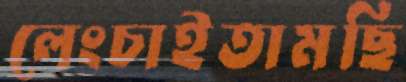
লেংচাইতামছি